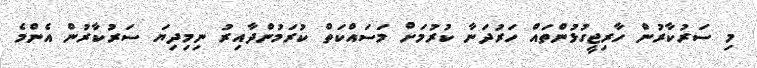
މި ސަރުކާރުން ހާރިޖީގުޅުންތައް ހަރުދަނާ ކުރުމަށް މަސައްކަތް ކުރަމުންދާއިރު ނިމިދިޔަ ސަރުކާރުން އެންމެ